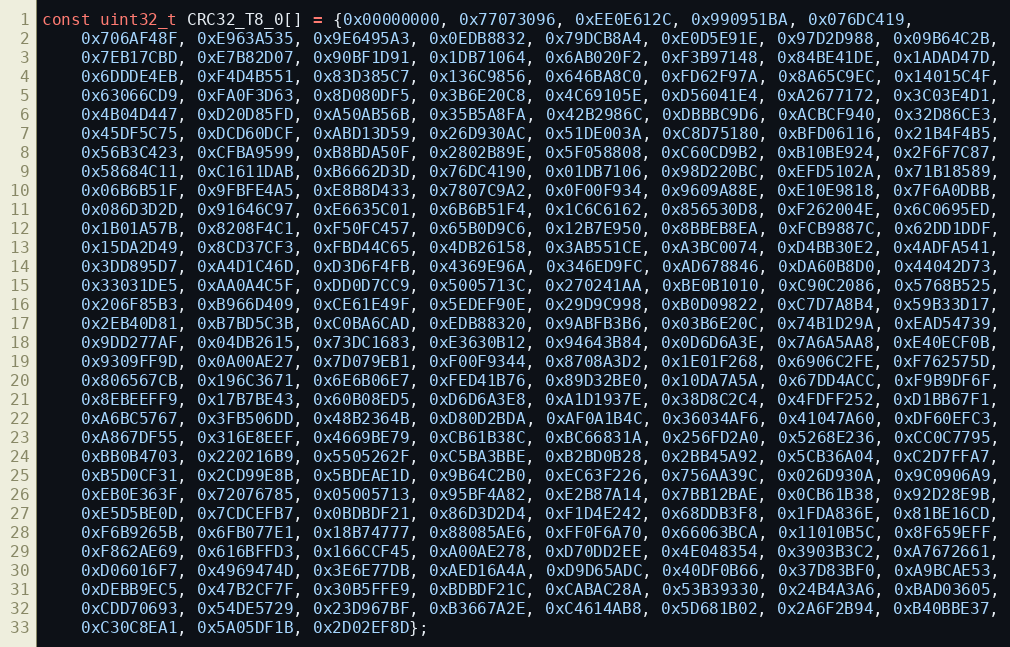
Language: C++
const uint32_t CRC32_T8_0[] = {0x00000000, 0x77073096, 0xEE0E612C, 0x990951BA, 0x076DC419,
    0x706AF48F, 0xE963A535, 0x9E6495A3, 0x0EDB8832, 0x79DCB8A4, 0xE0D5E91E, 0x97D2D988, 0x09B64C2B,
    0x7EB17CBD, 0xE7B82D07, 0x90BF1D91, 0x1DB71064, 0x6AB020F2, 0xF3B97148, 0x84BE41DE, 0x1ADAD47D,
    0x6DDDE4EB, 0xF4D4B551, 0x83D385C7, 0x136C9856, 0x646BA8C0, 0xFD62F97A, 0x8A65C9EC, 0x14015C4F,
    0x63066CD9, 0xFA0F3D63, 0x8D080DF5, 0x3B6E20C8, 0x4C69105E, 0xD56041E4, 0xA2677172, 0x3C03E4D1,
    0x4B04D447, 0xD20D85FD, 0xA50AB56B, 0x35B5A8FA, 0x42B2986C, 0xDBBBC9D6, 0xACBCF940, 0x32D86CE3,
    0x45DF5C75, 0xDCD60DCF, 0xABD13D59, 0x26D930AC, 0x51DE003A, 0xC8D75180, 0xBFD06116, 0x21B4F4B5,
    0x56B3C423, 0xCFBA9599, 0xB8BDA50F, 0x2802B89E, 0x5F058808, 0xC60CD9B2, 0xB10BE924, 0x2F6F7C87,
    0x58684C11, 0xC1611DAB, 0xB6662D3D, 0x76DC4190, 0x01DB7106, 0x98D220BC, 0xEFD5102A, 0x71B18589,
    0x06B6B51F, 0x9FBFE4A5, 0xE8B8D433, 0x7807C9A2, 0x0F00F934, 0x9609A88E, 0xE10E9818, 0x7F6A0DBB,
    0x086D3D2D, 0x91646C97, 0xE6635C01, 0x6B6B51F4, 0x1C6C6162, 0x856530D8, 0xF262004E, 0x6C0695ED,
    0x1B01A57B, 0x8208F4C1, 0xF50FC457, 0x65B0D9C6, 0x12B7E950, 0x8BBEB8EA, 0xFCB9887C, 0x62DD1DDF,
    0x15DA2D49, 0x8CD37CF3, 0xFBD44C65, 0x4DB26158, 0x3AB551CE, 0xA3BC0074, 0xD4BB30E2, 0x4ADFA541,
    0x3DD895D7, 0xA4D1C46D, 0xD3D6F4FB, 0x4369E96A, 0x346ED9FC, 0xAD678846, 0xDA60B8D0, 0x44042D73,
    0x33031DE5, 0xAA0A4C5F, 0xDD0D7CC9, 0x5005713C, 0x270241AA, 0xBE0B1010, 0xC90C2086, 0x5768B525,
    0x206F85B3, 0xB966D409, 0xCE61E49F, 0x5EDEF90E, 0x29D9C998, 0xB0D09822, 0xC7D7A8B4, 0x59B33D17,
    0x2EB40D81, 0xB7BD5C3B, 0xC0BA6CAD, 0xEDB88320, 0x9ABFB3B6, 0x03B6E20C, 0x74B1D29A, 0xEAD54739,
    0x9DD277AF, 0x04DB2615, 0x73DC1683, 0xE3630B12, 0x94643B84, 0x0D6D6A3E, 0x7A6A5AA8, 0xE40ECF0B,
    0x9309FF9D, 0x0A00AE27, 0x7D079EB1, 0xF00F9344, 0x8708A3D2, 0x1E01F268, 0x6906C2FE, 0xF762575D,
    0x806567CB, 0x196C3671, 0x6E6B06E7, 0xFED41B76, 0x89D32BE0, 0x10DA7A5A, 0x67DD4ACC, 0xF9B9DF6F,
    0x8EBEEFF9, 0x17B7BE43, 0x60B08ED5, 0xD6D6A3E8, 0xA1D1937E, 0x38D8C2C4, 0x4FDFF252, 0xD1BB67F1,
    0xA6BC5767, 0x3FB506DD, 0x48B2364B, 0xD80D2BDA, 0xAF0A1B4C, 0x36034AF6, 0x41047A60, 0xDF60EFC3,
    0xA867DF55, 0x316E8EEF, 0x4669BE79, 0xCB61B38C, 0xBC66831A, 0x256FD2A0, 0x5268E236, 0xCC0C7795,
    0xBB0B4703, 0x220216B9, 0x5505262F, 0xC5BA3BBE, 0xB2BD0B28, 0x2BB45A92, 0x5CB36A04, 0xC2D7FFA7,
    0xB5D0CF31, 0x2CD99E8B, 0x5BDEAE1D, 0x9B64C2B0, 0xEC63F226, 0x756AA39C, 0x026D930A, 0x9C0906A9,
    0xEB0E363F, 0x72076785, 0x05005713, 0x95BF4A82, 0xE2B87A14, 0x7BB12BAE, 0x0CB61B38, 0x92D28E9B,
    0xE5D5BE0D, 0x7CDCEFB7, 0x0BDBDF21, 0x86D3D2D4, 0xF1D4E242, 0x68DDB3F8, 0x1FDA836E, 0x81BE16CD,
    0xF6B9265B, 0x6FB077E1, 0x18B74777, 0x88085AE6, 0xFF0F6A70, 0x66063BCA, 0x11010B5C, 0x8F659EFF,
    0xF862AE69, 0x616BFFD3, 0x166CCF45, 0xA00AE278, 0xD70DD2EE, 0x4E048354, 0x3903B3C2, 0xA7672661,
    0xD06016F7, 0x4969474D, 0x3E6E77DB, 0xAED16A4A, 0xD9D65ADC, 0x40DF0B66, 0x37D83BF0, 0xA9BCAE53,
    0xDEBB9EC5, 0x47B2CF7F, 0x30B5FFE9, 0xBDBDF21C, 0xCABAC28A, 0x53B39330, 0x24B4A3A6, 0xBAD03605,
    0xCDD70693, 0x54DE5729, 0x23D967BF, 0xB3667A2E, 0xC4614AB8, 0x5D681B02, 0x2A6F2B94, 0xB40BBE37,
    0xC30C8EA1, 0x5A05DF1B, 0x2D02EF8D};